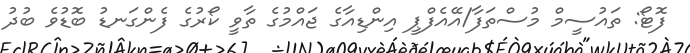
ފޮޓޯ: ތައުސީމް މުސްތަފާ/އޭއެފްޕީ އިންޑިއާގެ ޖައްމުގެ ތާވީ ކޯރުގެ ފެންގަނޑު ބޮޑުވެ ބުދު